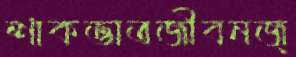
শাকভাতজীবনজ্